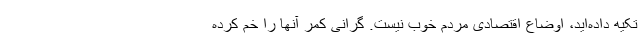
تکیه داده‌اید، اوضاع اقتصادی مردم خوب نیست. گرانی کمر آنها را خم کرده